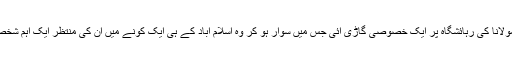
اسلام آباد میں مولانا کی رہائشگاہ پر ایک خصوصی گاڑی آئی جس میں سوار ہو کر وہ اسلام آباد کے ہی ایک کونے میں ان کی منتظر ایک اہم شخصیت سے ملے۔